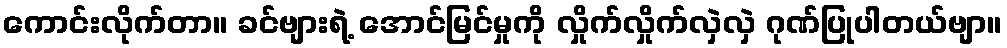
ကောင်းလိုက်တာ။ ခင်ဗျားရဲ့ အောင်မြင်မှုကို လှိုက်လှိုက်လှဲလှဲ ဂုဏ်ပြုပါတယ်ဗျာ။